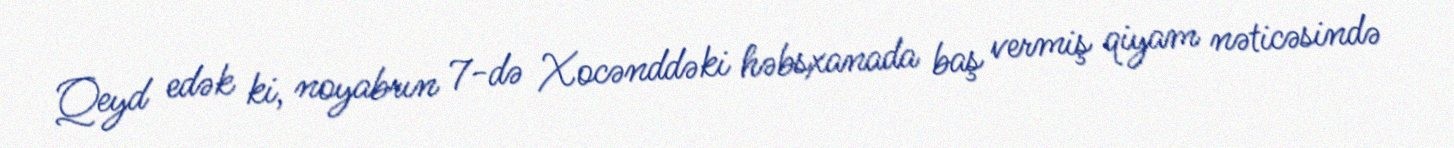
Qeyd edək ki, noyabrın 7-də Xocənddəki həbsxanada baş vermiş qiyam nəticəsində